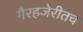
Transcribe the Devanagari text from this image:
गैरहजेरीतच